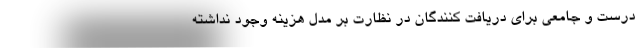
درست و جامعی برای دریافت کنندگان در نظارت بر مدل هزینه‌ وجود نداشته